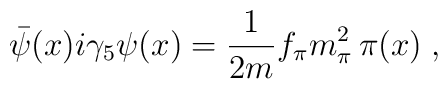
\bar \psi (x) i \gamma_5 \psi (x) = \frac{1}{2m} f_\pi m_\pi^2 \,  \pi (x) \; ,